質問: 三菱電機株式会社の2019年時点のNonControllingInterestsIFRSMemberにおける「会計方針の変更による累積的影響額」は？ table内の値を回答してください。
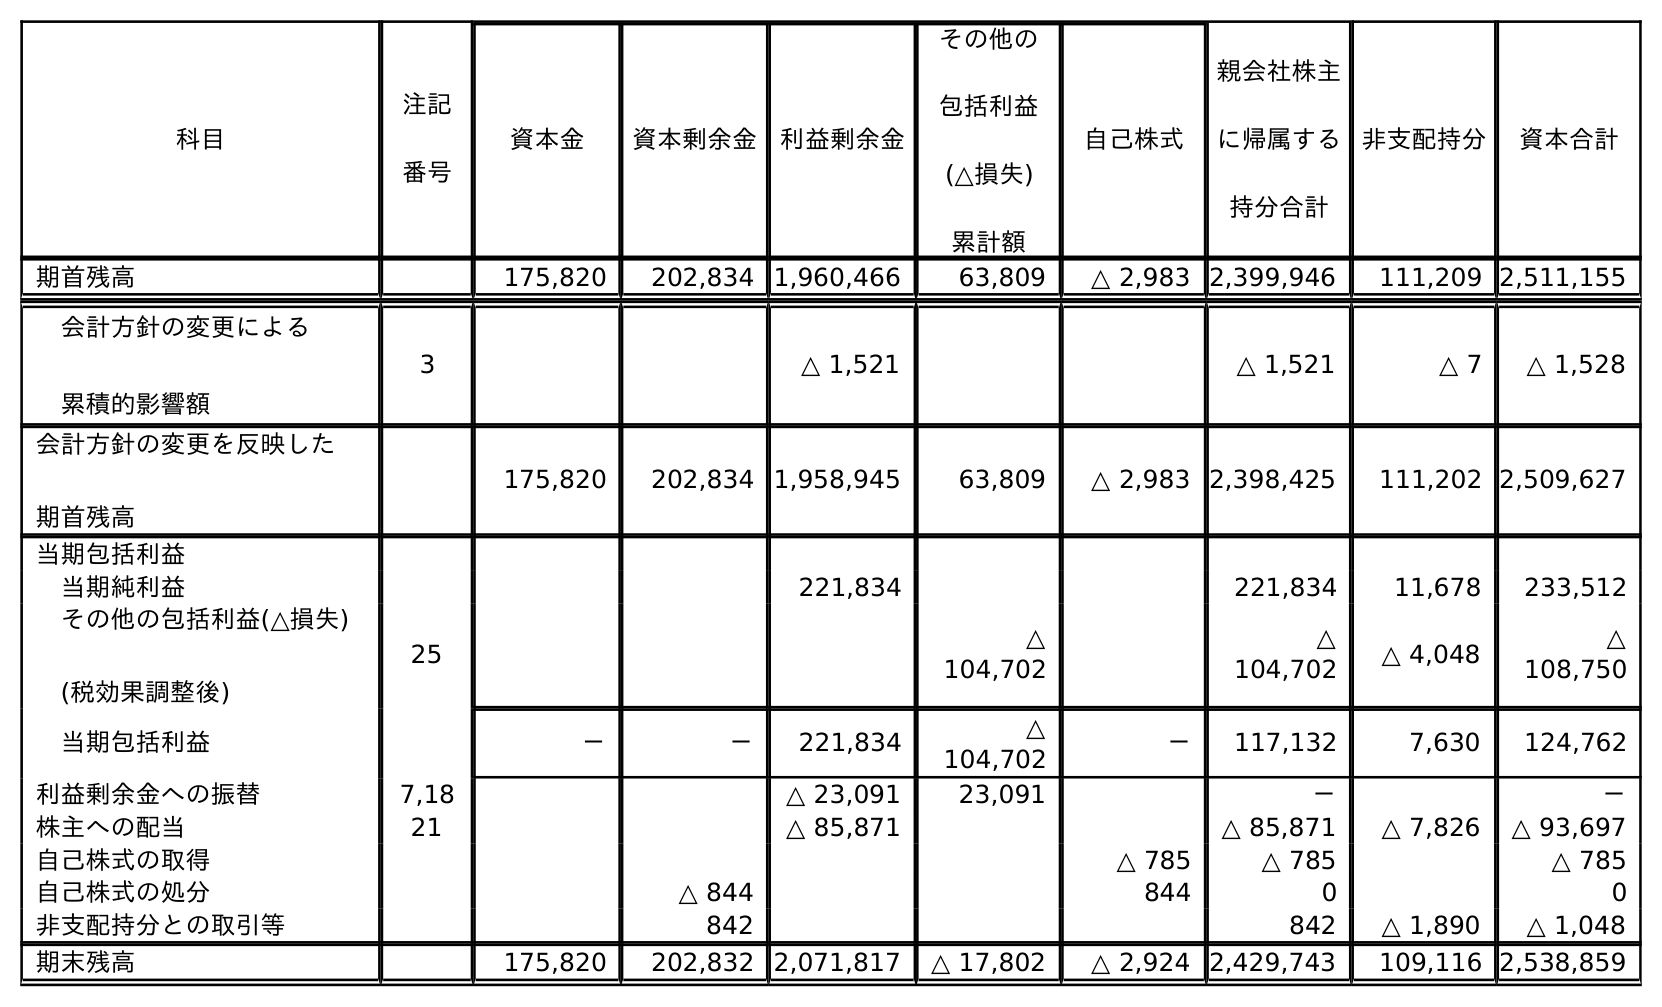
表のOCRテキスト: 科目 注記 番号 非支配持分 資本合計 資本金 資本剰余金 利益剰余金 その他の 包括利益 (△損失) 累計額 自己株式 親会社株主 に帰属する 持分合計 期首残高 175,820 202,834 1,960,466 63,809 △ 2,983 2,399,946 111,209 2,511,155 会計方針の変更による 累積的影響額 3 △ 1,521 △ 1,521 △ 7 △ 1,528 会計方針の変更を反映した 期首残高 175,820 202,834 1,958,945 63,809 △ 2,983 2,398,425 111,202 2,509,627 当期包括利益 当期純利益 221,834 221,834 11,678 233,512 その他の包括利益(△損失) (税効果調整後) 25 △ 104,702 △ 104,702 △ 4,048 △ 108,750 当期包括利益 － － 221,834 △ 104,702 － 117,132 7,630 124,762 利益剰余金への振替 7,18 △ 23,091 23,091 － － 株主への配当 21 △ 85,871 △ 85,871 △ 7,826 △ 93,697 自己株式の取得 △ 785 △ 785 △ 785 自己株式の処分 △ 844 844 0 0 非支配持分との取引等 842 842 △ 1,890 △ 1,048 期末残高 175,820 202,832 2,071,817 △ 17,802 △ 2,924 2,429,743 109,116 2,538,859
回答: △7